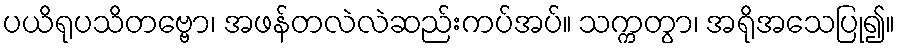
ပယိရုပသိတဗ္ဗော၊ အဖန်တလဲလဲဆည်းကပ်အပ်။ သက္ကတွာ၊ အရိုအသေပြု၍။